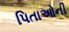
પિતાઓની